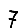
Digit: 7